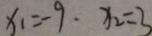
x _ { 1 } = - 9 , x _ { 2 } = 3